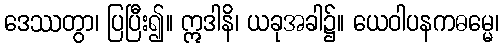
ဒေဿတွာ၊ ပြပြီး၍။ ဣဒါနိ၊ ယခုအခါ၌။ ယေဝါပနကဓမ္မေ၊